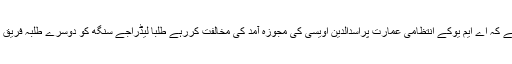
بتایا جارہا ہے کہ اے ایم یوکے انتظامی عمارت پراسدالدین اویسی کی مجوزہ آمد کی مخالفت کررہے طلبا لیڈراجے سنگھ کو دوسرے طلبہ فریق نے پیٹا ہے۔